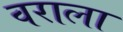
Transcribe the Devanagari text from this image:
वराला